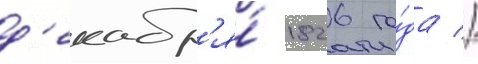
д'екабр'я́ 1826 го́да //